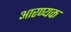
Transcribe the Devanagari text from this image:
आरण्‍यक